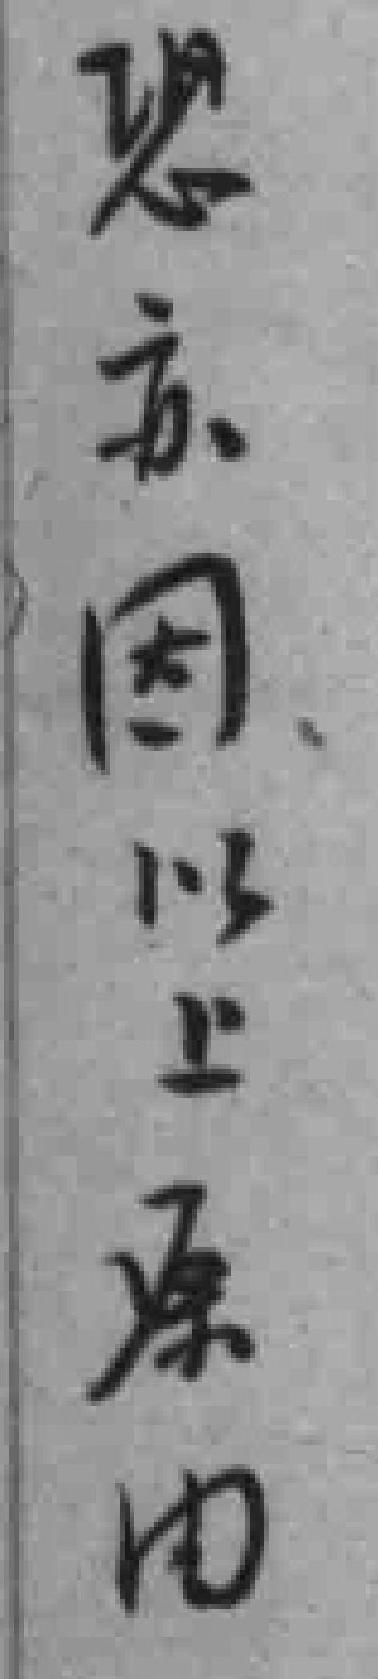
恐亦因以上原因